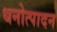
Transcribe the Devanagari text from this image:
धनोत्पादन